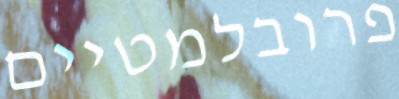
פרובלמטיים